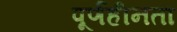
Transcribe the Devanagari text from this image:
पूर्णहीनता